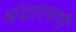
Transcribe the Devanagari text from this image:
मंदारमणी